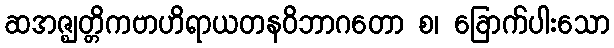
ဆအဇ္ဈတ္တိကဗာဟိရာယတနဝိဘာဂတော စ၊ ခြောက်ပါးသော